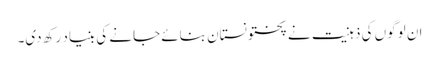
ان لوگوں کی ذہنیت نے پختونستان بنائے جانے کی بنیاد رکھ دی۔